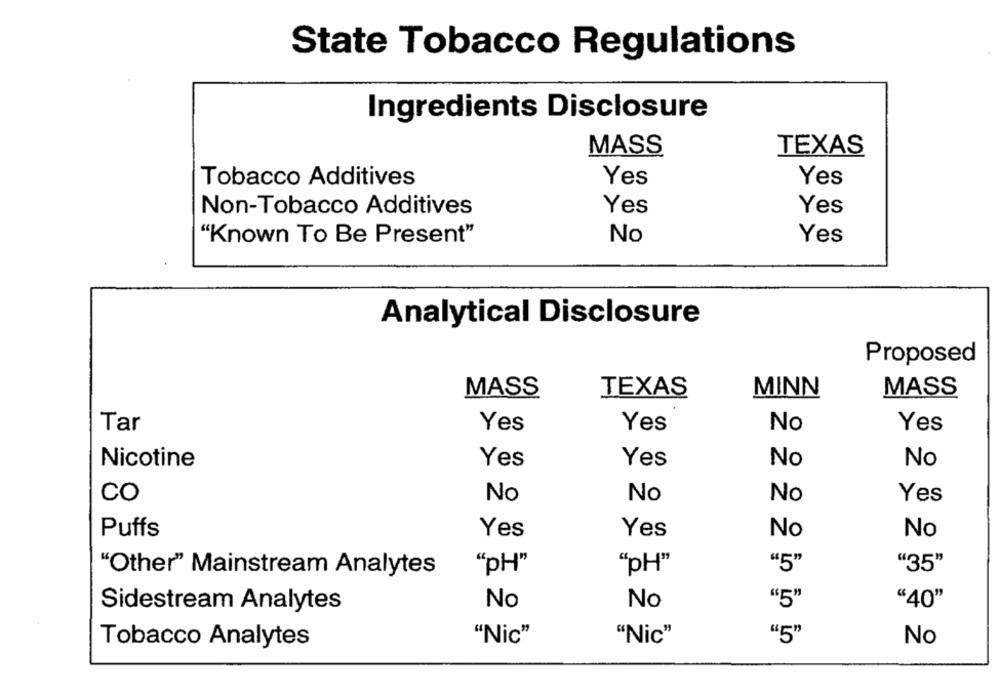
State Tobacco Regulations
Ingredients Disclosure
MASS
TEXAS
Yes
Tobacco Additives
Yes
Non-Tobacco Additives
Yes
Yes
"Known To Be Present"
No
Yes
Analytical Disclosure
Proposed
MASS
TEXAS
MINN
MASS
Tar
Yes
Yes
No
Yes
Nicotine
Yes
Yes
No
No
CO
No
No
No
Yes
Puffs
Yes
Yes
No
No
"5"
"35"
"Other" Mainstream Analytes
"pH"
"pH"
No
No
"5"
"40"
Sidestream Analytes
"Nic"
"5"
No
Tobacco Analytes
"Nic"